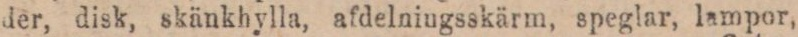
der, disk, skänkhylla, afdelningsskärm, speglar, lampor,